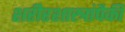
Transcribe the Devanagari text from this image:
शरीरशास्त्रांपैकी